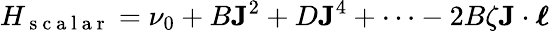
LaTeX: H_{\mathrm{~s~c~a~l~a~r~}}=\nu_{0}+B\textbf{J}^{2}+D\textbf{J}^{4}+\cdots-2B\zeta\textbf{J}\cdot\boldsymbol\ell